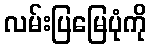
လမ်းပြမြေပုံကို